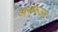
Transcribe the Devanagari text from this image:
अनफेअर